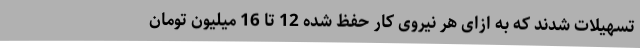
تسهیلات شدند که به ازای هر نیروی کار حفظ شده 12 تا 16 میلیون تومان